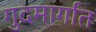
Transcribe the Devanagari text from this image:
गुदमार्गात